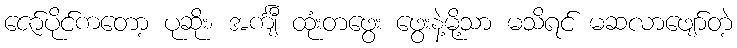
ဇော်ပိုင်ကတော့ ပုဆိုး၊ အင်္ကျီ ထုံးတဖွေး ဖွေးနဲ့မို့သာ မသိရင် မဆလာဖျော်တဲ့